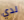
لدي